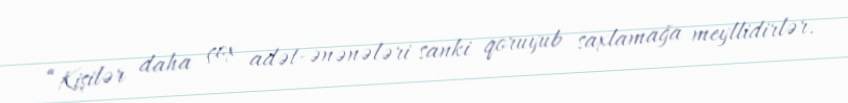
“Kişilər daha çox adət-ənənələri sanki qoruyub saxlamağa meyllidirlər.